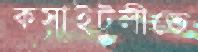
কসাইটুলীতে